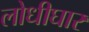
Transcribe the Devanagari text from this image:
लोधीघार